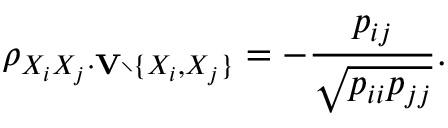
\rho _ { X _ { i } X _ { j } \cdot \mathbf { V } \setminus \{ X _ { i } , X _ { j } \} } = - { \frac { p _ { i j } } { \sqrt { p _ { i i } p _ { j j } } } } .